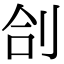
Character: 㓣